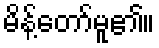
မိန့်တော်မူ၏။